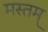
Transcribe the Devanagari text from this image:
मस्तम्